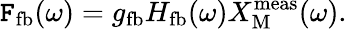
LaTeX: \mathtt{F}_{\mathrm{{fb}}}(\omega)=g_{\mathrm{{fb}}}H_{\mathrm{{fb}}}(\omega)X_{\mathrm{{M}}}^{\mathrm{{meas}}}(\omega).